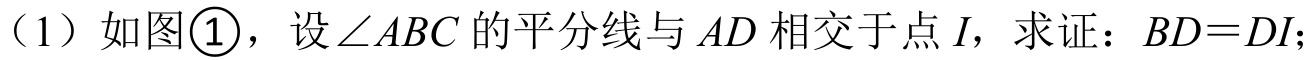
（1）如图\textcircled{1}，设\(\angle ABC\)的平分线与\(AD\)相交于点\(I\)，求证：\(BD = DI\)；